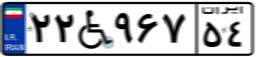
۲۲W۹۶۷۵۴